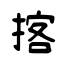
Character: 揢